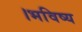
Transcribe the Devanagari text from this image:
।भविष्य